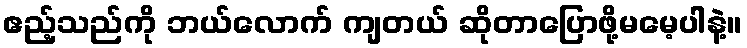
ဧည့်သည်ကို ဘယ်လောက် ကျတယ် ဆိုတာပြောဖို့မမေ့ပါနဲ့။